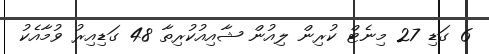
6 ގަޑި 27 މިނެޓް ކުރިން ލިއުން ޝާއިއުކުރިތާ 48 ގަޑިއިރު ވުމާއެކު